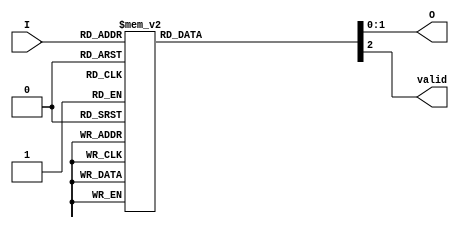
module binary_encoder (
    input wire [3:0] I,   // 4 input lines
    output reg [1:0] O,   // 2 output lines (binary representation)
    output reg valid       // Valid signal to indicate if the output is valid
);

always @(*) begin
    valid = 1; // Assume valid unless we find otherwise
    case (I)
        4'b0000: begin
            O = 2'b00; // No active inputs
            valid = 0; // Mark as invalid
        end
        4'b0001: O = 2'b00; // Input I0 is active
        4'b0010: O = 2'b01; // Input I1 is active
        4'b0100: O = 2'b10; // Input I2 is active
        4'b1000: O = 2'b11; // Input I3 is active
        4'b0011: O = 2'b01; // Input I1 has priority
        4'b0101: O = 2'b10; // Input I2 has priority
        4'b1001: O = 2'b11; // Input I3 has priority
        4'b0110: O = 2'b10; // Input I2 has priority
        4'b1100: O = 2'b11; // Input I3 has priority
        default: begin
            O = 2'b00; // Default to no input active
            valid = 0; // Mark as invalid
        end
    endcase
end

endmodule